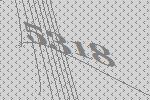
5318